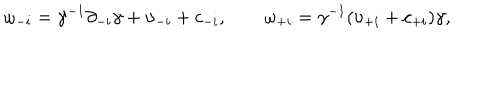
LaTeX: \omega _ { - i } = \gamma ^ { - 1 } \partial _ { - i } \gamma + \upsilon _ { - i } + c _ { - i } , \qquad \omega _ { + i } = \gamma ^ { - 1 } ( \upsilon _ { + i } + c _ { + i } ) \gamma ,